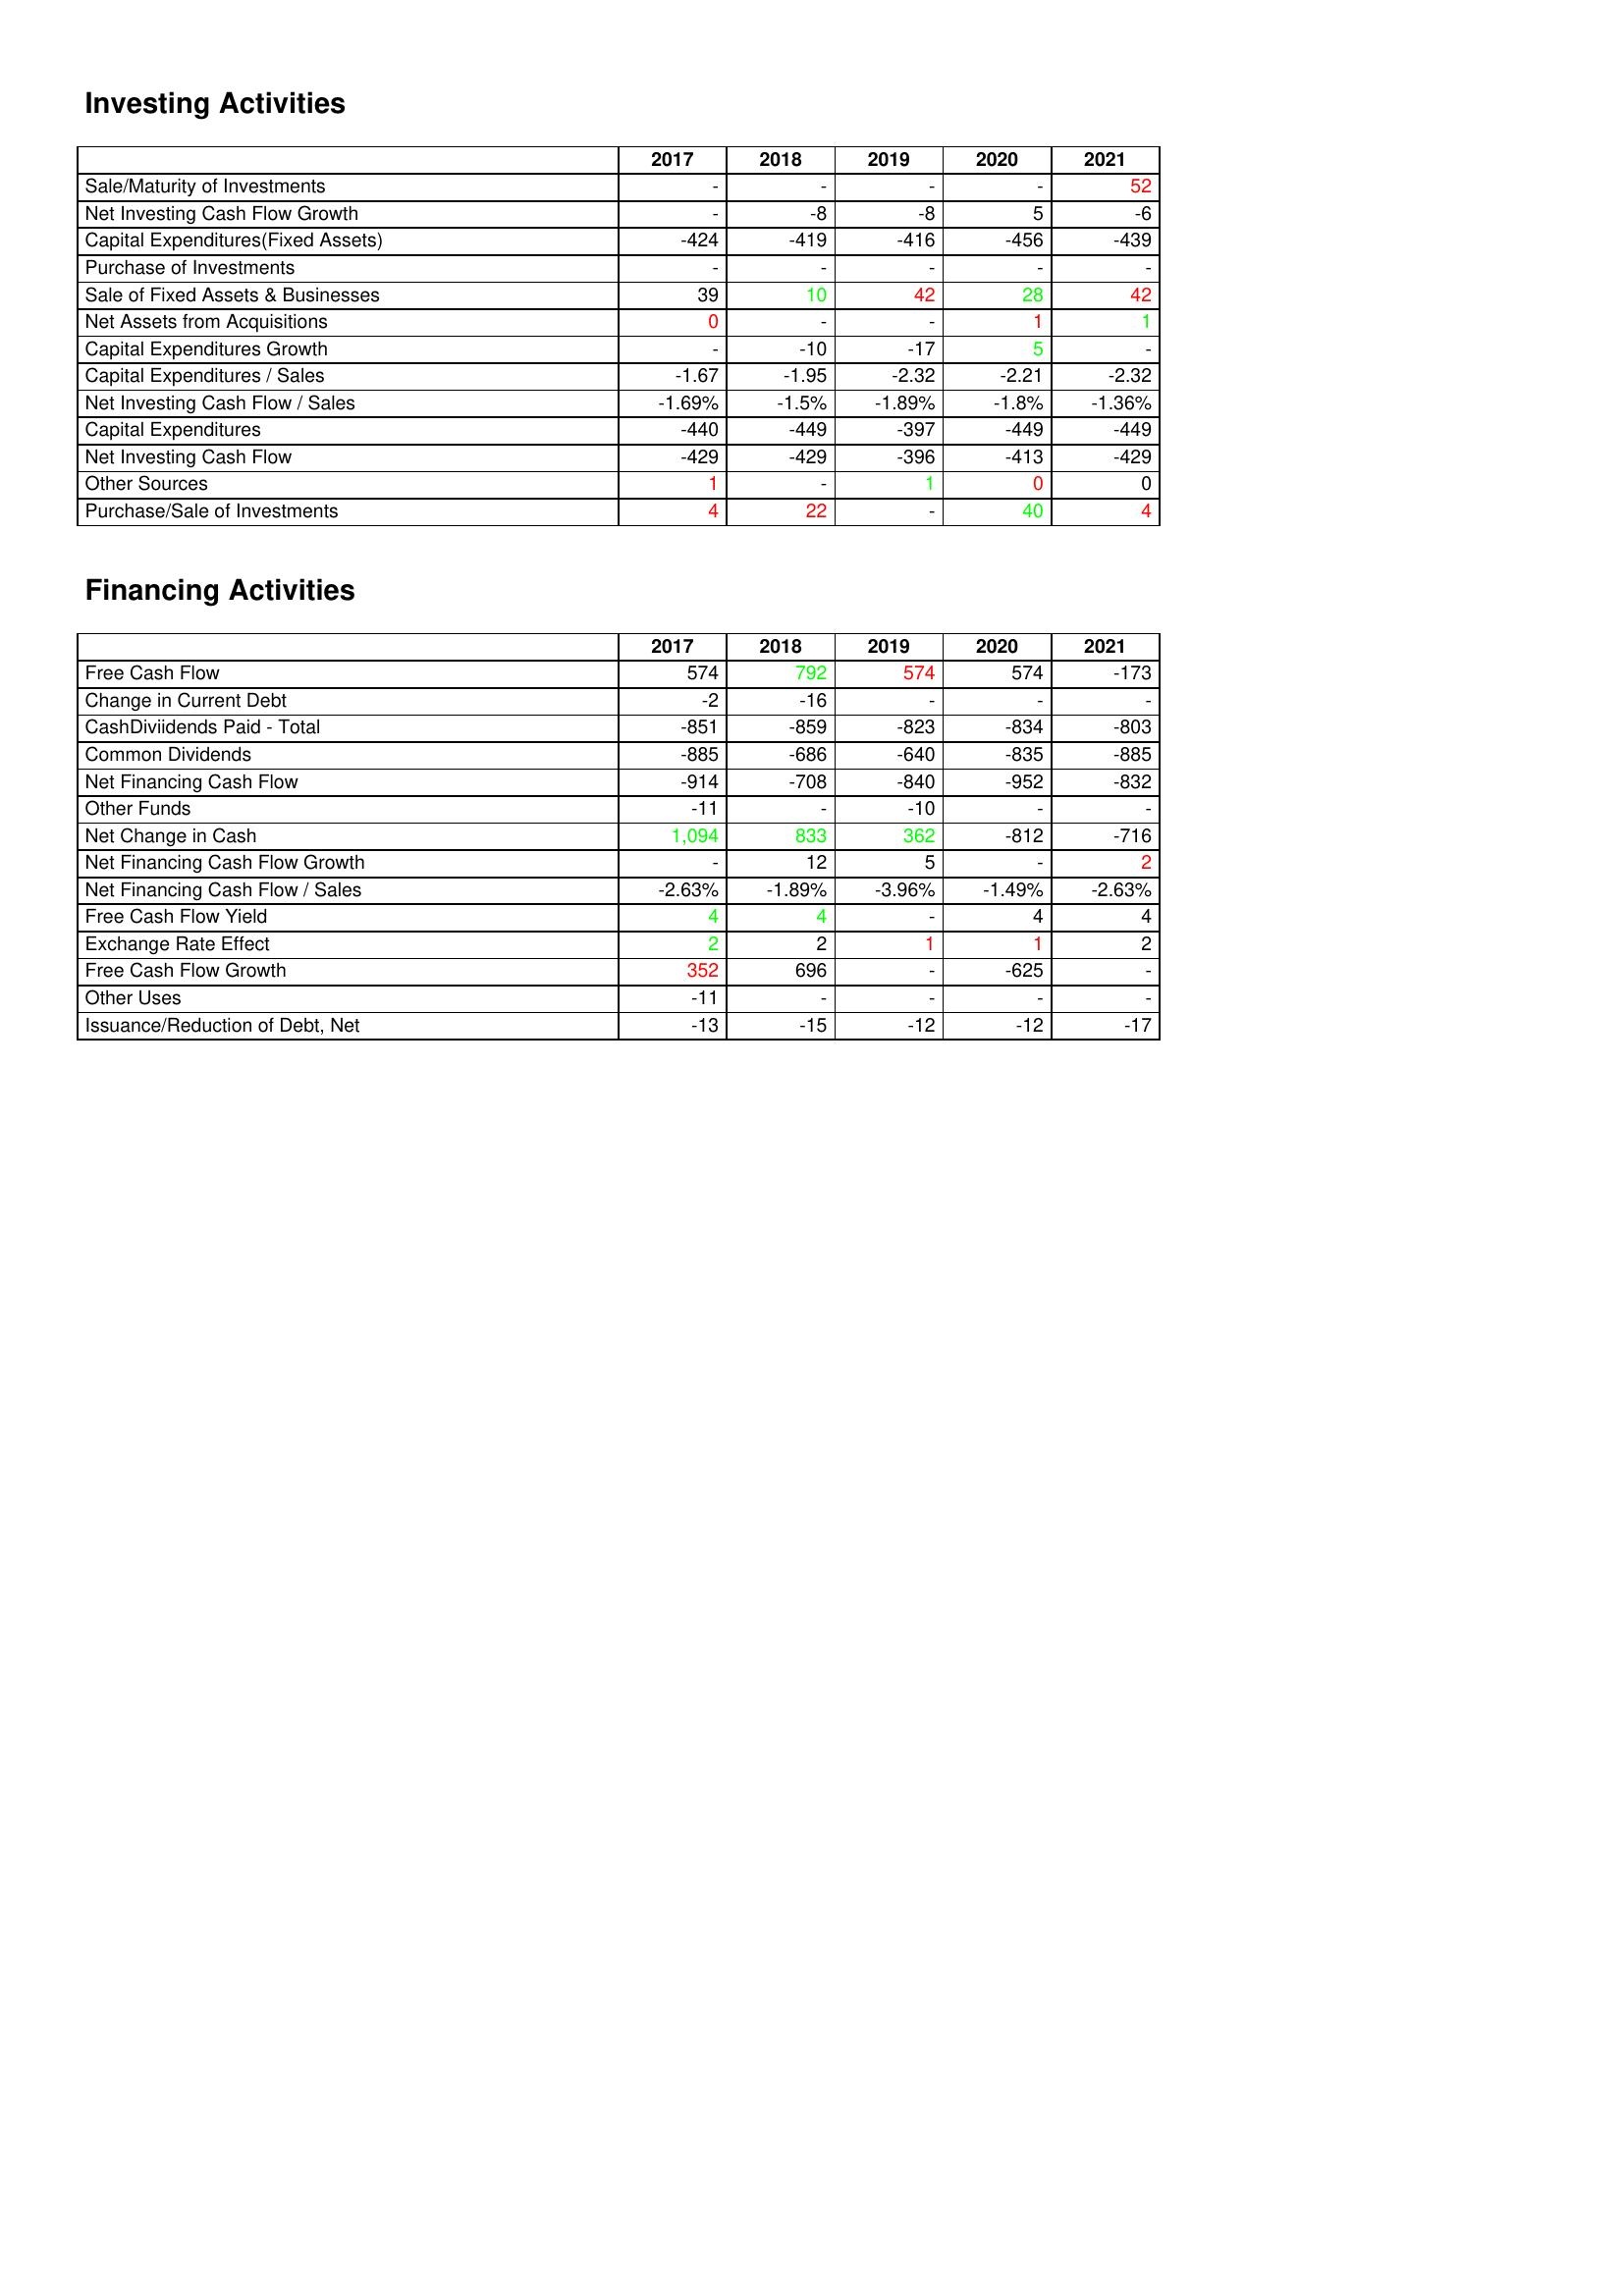
gt_parse: 2017: Investing Activities: Sale/Maturity of Investments: -
Net Investing Cash Flow Growth: -
Capital Expenditures(Fixed Assets): -424
Purchase of Investments: -
Sale of Fixed Assets & Businesses: 39
Net Assets from Acquisitions: 0
Capital Expenditures Growth: -
Capital Expenditures / Sales: -1.67
Net Investing Cash Flow / Sales: -1.69%
Capital Expenditures: -440
Net Investing Cash Flow: -429
Other Sources: 1
Purchase/Sale of Investments: 4
Financing Activities: Free Cash Flow: 574
Change in Current Debt: -2
CashDiviidends Paid - Total: -851
Common Dividends: -885
Net Financing Cash Flow: -914
Other Funds: -11
Net Change in Cash: 1,094
Net Financing Cash Flow Growth: -
Net Financing Cash Flow / Sales: -2.63%
Free Cash Flow Yield: 4
Exchange Rate Effect: 2
Free Cash Flow Growth: 352
Other Uses: -11
Issuance/Reduction of Debt, Net: -13
2018: Investing Activities: Sale/Maturity of Investments: -
Net Investing Cash Flow Growth: -8
Capital Expenditures(Fixed Assets): -419
Purchase of Investments: -
Sale of Fixed Assets & Businesses: 10
Net Assets from Acquisitions: -
Capital Expenditures Growth: -10
Capital Expenditures / Sales: -1.95
Net Investing Cash Flow / Sales: -1.5%
Capital Expenditures: -449
Net Investing Cash Flow: -429
Other Sources: -
Purchase/Sale of Investments: 22
Financing Activities: Free Cash Flow: 792
Change in Current Debt: -16
CashDiviidends Paid - Total: -859
Common Dividends: -686
Net Financing Cash Flow: -708
Other Funds: -
Net Change in Cash: 833
Net Financing Cash Flow Growth: 12
Net Financing Cash Flow / Sales: -1.89%
Free Cash Flow Yield: 4
Exchange Rate Effect: 2
Free Cash Flow Growth: 696
Other Uses: -
Issuance/Reduction of Debt, Net: -15
2019: Investing Activities: Sale/Maturity of Investments: -
Net Investing Cash Flow Growth: -8
Capital Expenditures(Fixed Assets): -416
Purchase of Investments: -
Sale of Fixed Assets & Businesses: 42
Net Assets from Acquisitions: -
Capital Expenditures Growth: -17
Capital Expenditures / Sales: -2.32
Net Investing Cash Flow / Sales: -1.89%
Capital Expenditures: -397
Net Investing Cash Flow: -396
Other Sources: 1
Purchase/Sale of Investments: -
Financing Activities: Free Cash Flow: 574
Change in Current Debt: -
CashDiviidends Paid - Total: -823
Common Dividends: -640
Net Financing Cash Flow: -840
Other Funds: -10
Net Change in Cash: 362
Net Financing Cash Flow Growth: 5
Net Financing Cash Flow / Sales: -3.96%
Free Cash Flow Yield: -
Exchange Rate Effect: 1
Free Cash Flow Growth: -
Other Uses: -
Issuance/Reduction of Debt, Net: -12
2020: Investing Activities: Sale/Maturity of Investments: -
Net Investing Cash Flow Growth: 5
Capital Expenditures(Fixed Assets): -456
Purchase of Investments: -
Sale of Fixed Assets & Businesses: 28
Net Assets from Acquisitions: 1
Capital Expenditures Growth: 5
Capital Expenditures / Sales: -2.21
Net Investing Cash Flow / Sales: -1.8%
Capital Expenditures: -449
Net Investing Cash Flow: -413
Other Sources: 0
Purchase/Sale of Investments: 40
Financing Activities: Free Cash Flow: 574
Change in Current Debt: -
CashDiviidends Paid - Total: -834
Common Dividends: -835
Net Financing Cash Flow: -952
Other Funds: -
Net Change in Cash: -812
Net Financing Cash Flow Growth: -
Net Financing Cash Flow / Sales: -1.49%
Free Cash Flow Yield: 4
Exchange Rate Effect: 1
Free Cash Flow Growth: -625
Other Uses: -
Issuance/Reduction of Debt, Net: -12
2021: Investing Activities: Sale/Maturity of Investments: 52
Net Investing Cash Flow Growth: -6
Capital Expenditures(Fixed Assets): -439
Purchase of Investments: -
Sale of Fixed Assets & Businesses: 42
Net Assets from Acquisitions: 1
Capital Expenditures Growth: -
Capital Expenditures / Sales: -2.32
Net Investing Cash Flow / Sales: -1.36%
Capital Expenditures: -449
Net Investing Cash Flow: -429
Other Sources: 0
Purchase/Sale of Investments: 4
Financing Activities: Free Cash Flow: -173
Change in Current Debt: -
CashDiviidends Paid - Total: -803
Common Dividends: -885
Net Financing Cash Flow: -832
Other Funds: -
Net Change in Cash: -716
Net Financing Cash Flow Growth: 2
Net Financing Cash Flow / Sales: -2.63%
Free Cash Flow Yield: 4
Exchange Rate Effect: 2
Free Cash Flow Growth: -
Other Uses: -
Issuance/Reduction of Debt, Net: -17